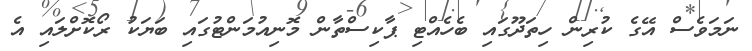
ނަމަވެސް އޭގެ ކުރިން ހިތަދޫގައި ބެހެއްޓި ޕާކިސްތާން މޮނިއުމަންޓުގައި ބަޔަކު ރޯކޮށްލައި އެ